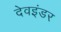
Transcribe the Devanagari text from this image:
देवइंडर